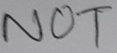
Text: NOT